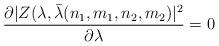
LaTeX: \begin{align*}{\partial |Z(\lambda , \bar \lambda (n_1, m_1, n_2,m_2) |^2 \over \partial\lambda } =0\end{align*}